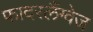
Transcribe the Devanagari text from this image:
फादरलैंग्वेज